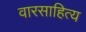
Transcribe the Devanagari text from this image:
वारसाहित्य